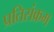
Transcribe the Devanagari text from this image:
प्रतिसंक्रम